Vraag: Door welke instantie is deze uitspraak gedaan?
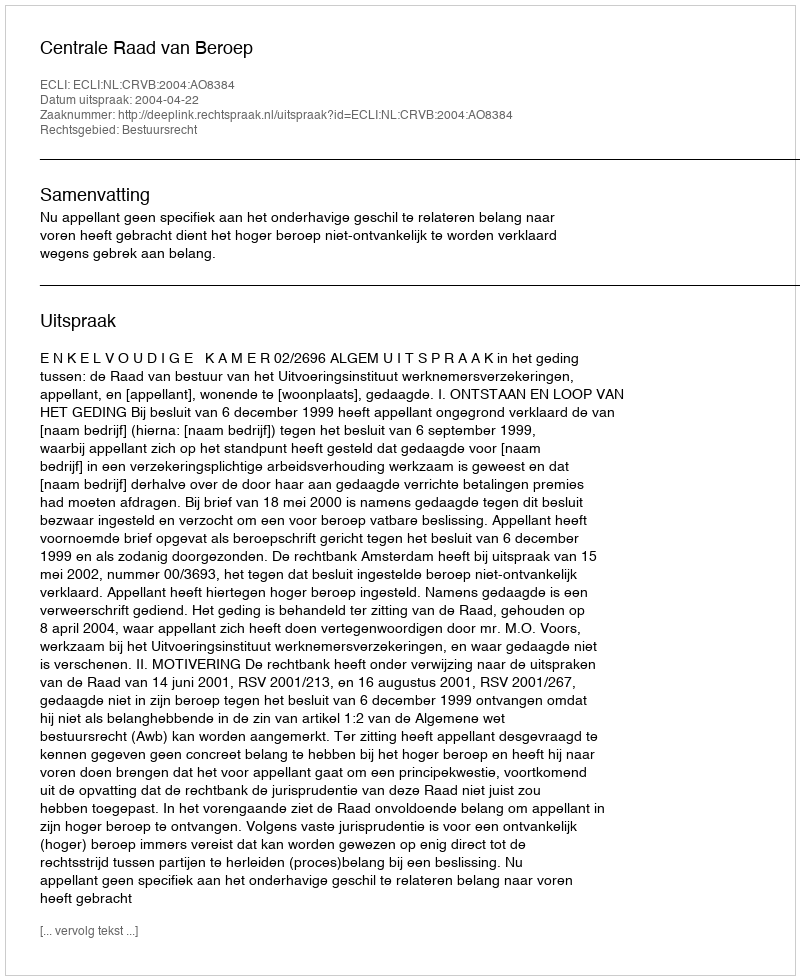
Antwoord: Centrale Raad van Beroep